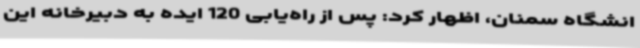
انشگاه سمنان، اظهار کرد: پس از راه‌یابی 120 ایده به دبیرخانه این